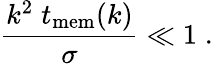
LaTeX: \frac{k^{2}\; t_{\mathrm{mem}}(k)}{\sigma}\ll 1\; .